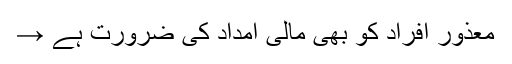
معذور افراد کو بھی مالی امداد کی ضرورت ہے →